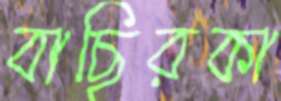
বাছিরকা